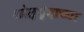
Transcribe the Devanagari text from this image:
श्रोतृवृंदाच्या